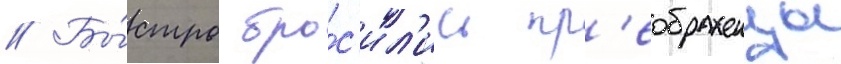
// Бы́стро бро́с'ил'ись пр'еображенцы